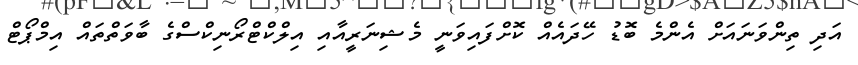
އަދި ތިންވަނައަށް އެންމެ ބޮޑު ހޭދައެއް ކޮށްފައިވަނީ މެޝިނަރީއާއި އިލްކްޓްރޯނިކްސްގެ ބާވަތްތައް އިމްޕޯޓް